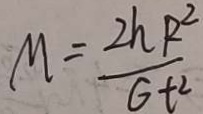
M = \frac { 2 h R ^ { 2 } } { G t ^ { 2 } }